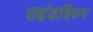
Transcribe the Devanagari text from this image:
उद्दंडविघ्न